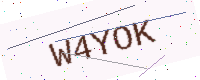
Text: W4YOK